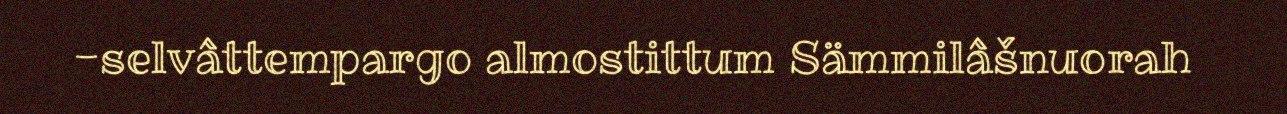
-selvâttempargo almostittum Sämmilâšnuorah